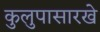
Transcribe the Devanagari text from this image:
कुलुपासारखे